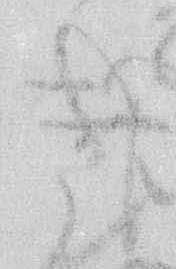
き